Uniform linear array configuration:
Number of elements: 4
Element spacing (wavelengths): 1
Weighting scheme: cosine
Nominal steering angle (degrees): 15
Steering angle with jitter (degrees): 15.603
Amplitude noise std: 0.05
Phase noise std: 0.05

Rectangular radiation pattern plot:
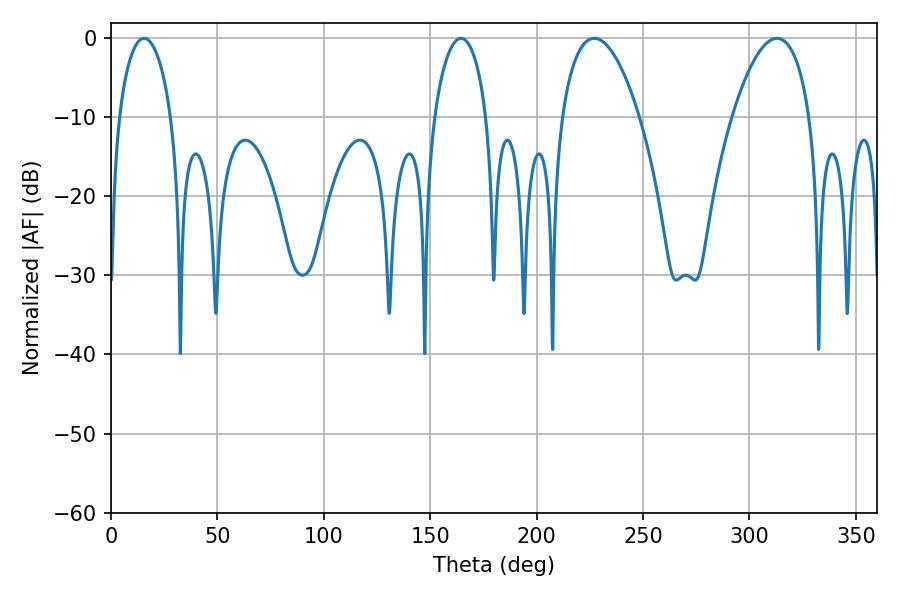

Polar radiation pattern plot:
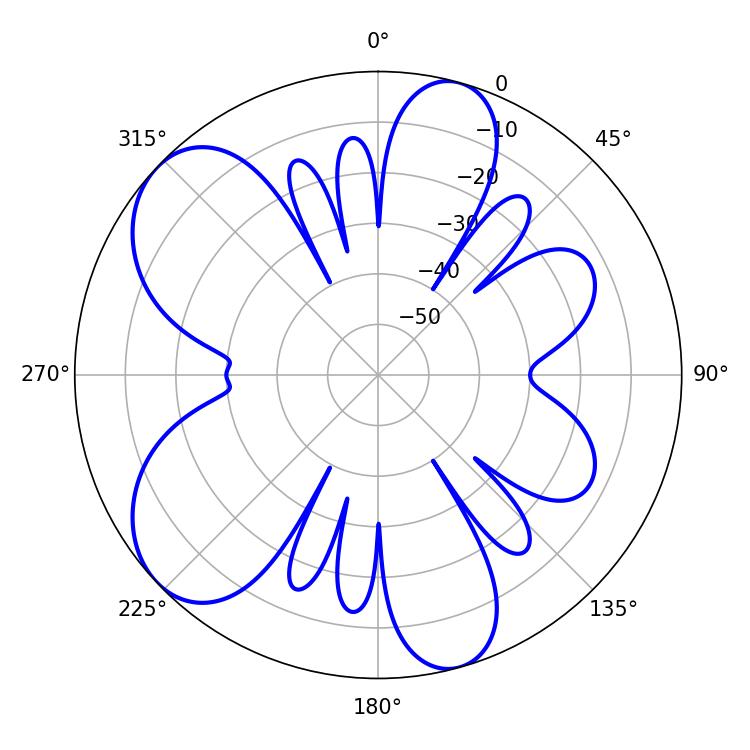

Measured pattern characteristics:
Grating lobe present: TRUE
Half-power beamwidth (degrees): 20.34
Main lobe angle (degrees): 226.98